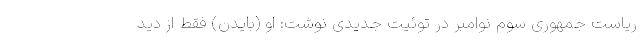
ریاست جمهوری سوم نوامبر در توئیت جدیدی نوشت: او (بایدن) فقط از دید